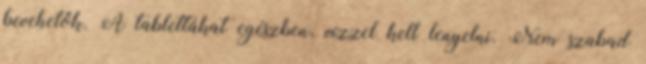
bevehetők. A tablettákat egészben, vízzel kell lenyelni. Nem szabad